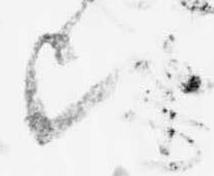
比